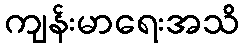
ကျန်းမာရေးအသိ